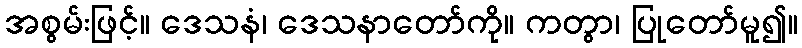
အစွမ်းဖြင့်။ ဒေသနံ၊ ဒေသနာတော်ကို။ ကတွာ၊ ပြုတော်မူ၍။